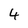
Character: 4